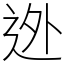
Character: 迯